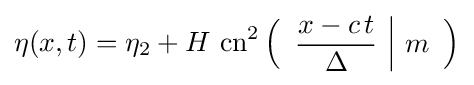
\eta (x,t)=\eta _{2}+H\,\operatorname {cn} ^{2}\left({\begin{array}{c|c}\displaystyle {\frac {x-c\,t}{\Delta }}&m\end{array}}\right)